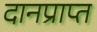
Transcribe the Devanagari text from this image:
दानप्राप्त